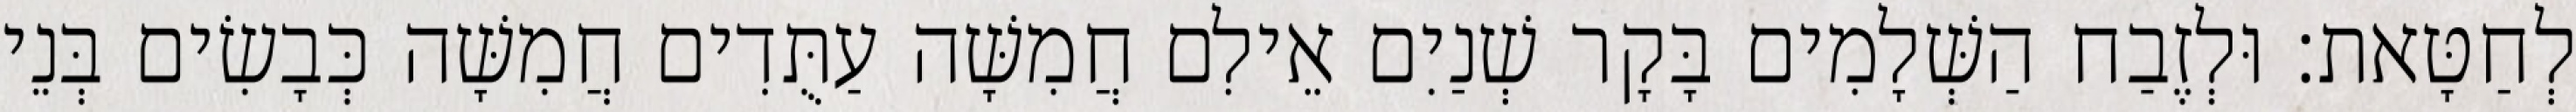
לְחַטָּאת׃ וּלְזֶבַח הַשְּׁלָמִים בָּקָר שְׁנַיִם אֵילִם חֲמִשָּׁה עַתֻּדִים חֲמִשָּׁה כְּבָשִׂים בְּנֵי